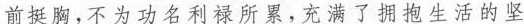
前挺胸，不为功名利禄所累，充满了拥抱生活的坚